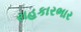
રાહકારભાર